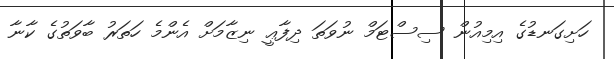
ހަށިގަނޑުގެ އިމިއުން ސިސްޓަމް ނުވަތަ ދިފާޢީ ނިޒާމަށް އެންމެ ހަތަރު ބާވަތުގެ ކާނާ